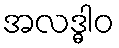
အလဒ္ဓါဝ